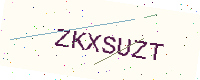
Text: ZKXSUZT